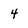
Character: 4